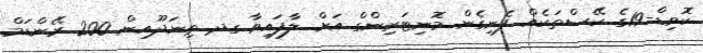
ކޮވިޑް-19ގެ ކޭސްތަކެއް ފެނިގެން މޮނިޓަރިންގް އަށް ލާފައިވާ ގދ ތިނަދޫއިން 200 ރޭންޑަމް